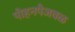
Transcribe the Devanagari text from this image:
पोहनपैजवळ